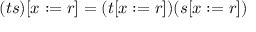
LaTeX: ( t s ) [ x : = r ] = ( t [ x : = r ] ) ( s [ x : = r ] )